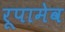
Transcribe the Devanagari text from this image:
रूपामेव